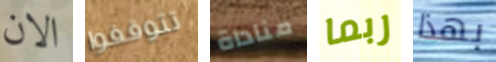
الان تتوقفوا مناداة ربما بهذا